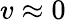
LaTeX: v\approx 0